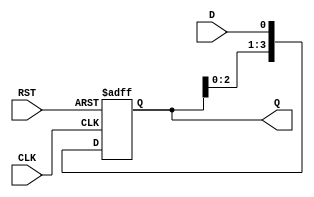
module ShiftRegister (
    input wire D,       // Data input
    input wire CLK,     // Clock input
    input wire RST,     // Asynchronous reset
    output reg [3:0] Q  // 4-bit data output
);

// Sequential logic for the shift register
always @(posedge CLK or posedge RST) begin
    if (RST) begin
        Q <= 4'b0000;  // Reset the register to 0
    end else begin
        Q <= {Q[2:0], D}; // Shift left and input new data bit
    end
end

endmodule